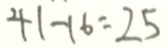
4 1 - 1 6 = 2 5